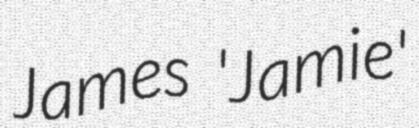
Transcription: James 'Jamie'